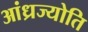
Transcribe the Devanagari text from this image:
आंध्रज्योति